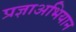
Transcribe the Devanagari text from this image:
प्रज्ञाअभियान